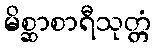
မိစ္ဆာစာရီသုတ္တံ